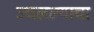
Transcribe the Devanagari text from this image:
उचलल्याचा